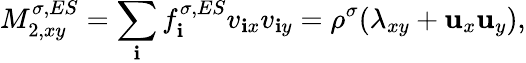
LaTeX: M_{2,xy}^{\sigma,ES}=\sum_{\mathbf{i}}f_{\mathbf{i}}^{\sigma,ES}v_{\mathbf{i}x}v_{\mathbf{i}y}=\rho^{\sigma}(\lambda_{xy}+\mathbf{u}_{x}\mathbf{u}_{y}),